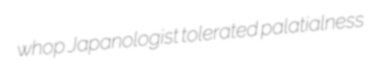
whop Japanologist tolerated palatialness